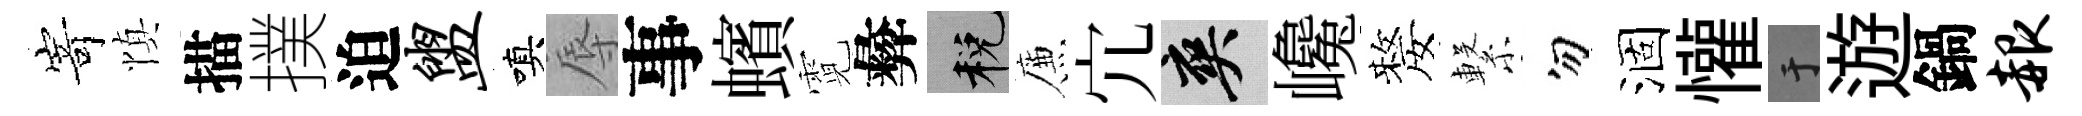
𭔃慎描撲迫盥嗔辱事蠙霓彜税簾宂爽巉嫠繋勿涸懽于遊鍋赧